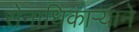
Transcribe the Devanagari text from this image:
सेनाधिकार्‍याने